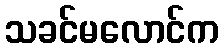
သခင်မလောင်က